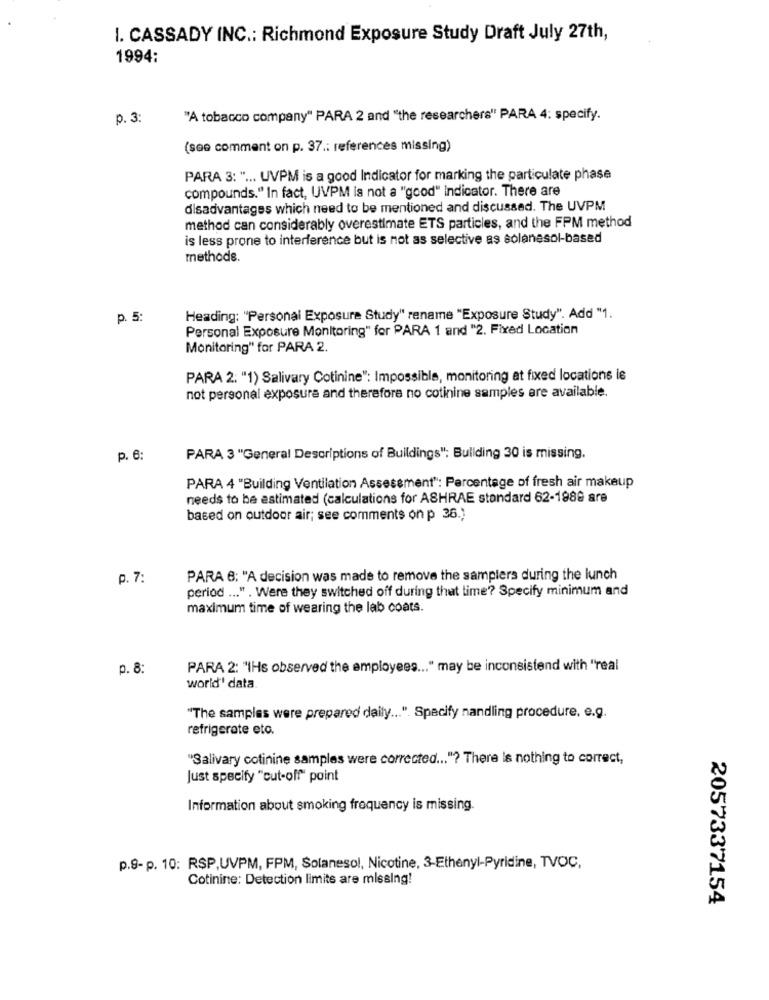
I. CASSADY INC .: Richmond Exposure Study Draft July 27th,
1994:
p. 3:
"A tobacco company" PARA 2 and "the researchers" PARA 4: specify.
(see comment on p. 37 .: references missing)
PARA 3: " ... UVPM is a good Indicator for marking the particulate phase
compounds." In fact, UVPM is not a "good" indicator. There are
disadvantages which need to be mentioned and discussed. The UVPM
method can considerably overestimate ETS particles, and the FPM method
is less prone to interference but is not as selective as solanasol-based
methods.
p. 5:
Heading: "Personal Exposure Study" rename "Exposure Study". Add "1.
Personal Exposure Monitoring" for PARA 1 and "2. Fixed Location
Monitoring" for PARA 2.
PARA 2. "1) Salivary Cotinine": Impossible, monitoring at fixed locations ie
not personal exposure and therefore no cotinine samples are available.
p. 6:
PARA 3 "General Descriptions of Buildings": Building 30 is missing.
PARA 4 "Building Ventilation Assessment": Percentage of fresh air makeup
needs to be estimated (calculations for ASHRAE standard 62-1988 are
based on outdoor air; see comments on p 36.)
p. 7:
PARA 6; "A decision was made to remove the samplers during the lunch
period ... " . Were they switched off during that time? Specify minimum and
maximum time of wearing the lab coats.
p. 8:
PARA 2: "IHs observed the employees ... " may be inconsistend with "real
world' data.
"The samples were prepared daily ... ". Specify nandling procedure. e.g.
refrigerate etc.
"Salivary cotinine samples were corrected ... "? There is nothing to correct,
Just specify "cut-off" point
Information about smoking frequency is missing.
p.9- p. 10: RSP,UVPM, FPM, Solanesol, Nicotine, 3-Ethenyl-Pyridine, TVOC,
Cotinine: Detection limits are missing!
2057337154